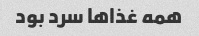
همه غذاها سرد بود